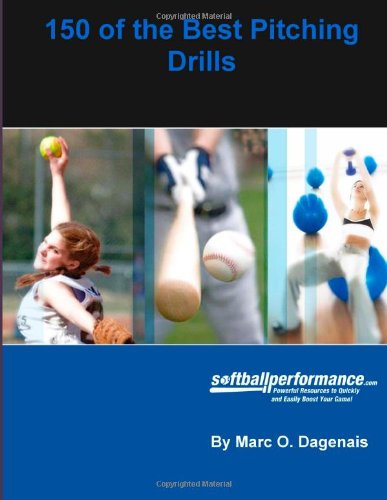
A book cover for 150 of the Best Pitching Drills; C, Mr. Marc O. Dagenais MHK; Sports & Outdoors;